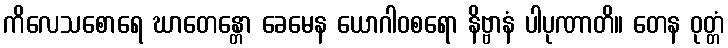
ကိလေသစောရေ ဃာတေန္တော ခေမေန ယောဂါဝစရော နိဗ္ဗာနံ ပါပုဏာတိ။ တေန ဝုတ္တံ